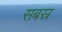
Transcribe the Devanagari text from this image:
सबस्र